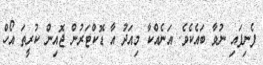
ފެނިފައި ނުވާ ބައެކެވެ. އަނެއްކާ މިއަދު އާ ޑޮކްޓަރުން ޖޮއިން ކުރީތަ އޯހް